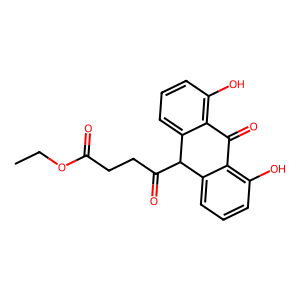
SMILES: CCOC(=O)CCC(=O)C1c2cccc(O)c2C(=O)c2c(O)cccc21
Inhibits HIV replication: No